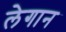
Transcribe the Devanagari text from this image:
लेगान